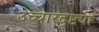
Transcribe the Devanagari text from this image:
उच्चारदृष्ट्या